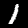
Digit: 1